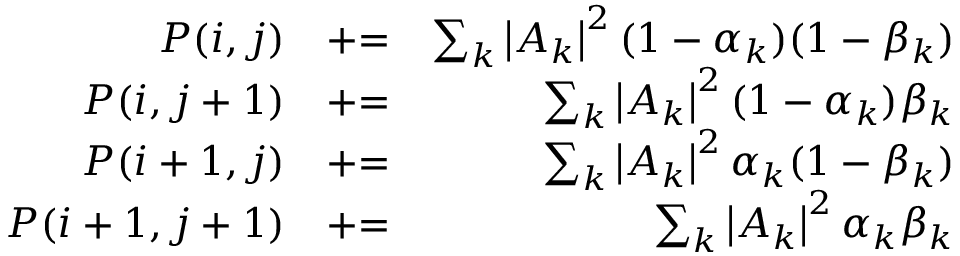
\begin{array} { r l r } { P ( i , j ) } & { \mathrel { + } = } & { \sum _ { k } \left| A _ { k } \right| ^ { 2 } ( 1 - \alpha _ { k } ) ( 1 - \beta _ { k } ) } \\ { P ( i , j + 1 ) } & { \mathrel { + } = } & { \sum _ { k } \left| A _ { k } \right| ^ { 2 } ( 1 - \alpha _ { k } ) \beta _ { k } } \\ { P ( i + 1 , j ) } & { \mathrel { + } = } & { \sum _ { k } \left| A _ { k } \right| ^ { 2 } \alpha _ { k } ( 1 - \beta _ { k } ) } \\ { P ( i + 1 , j + 1 ) } & { \mathrel { + } = } & { \sum _ { k } \left| A _ { k } \right| ^ { 2 } \alpha _ { k } \beta _ { k } } \end{array}